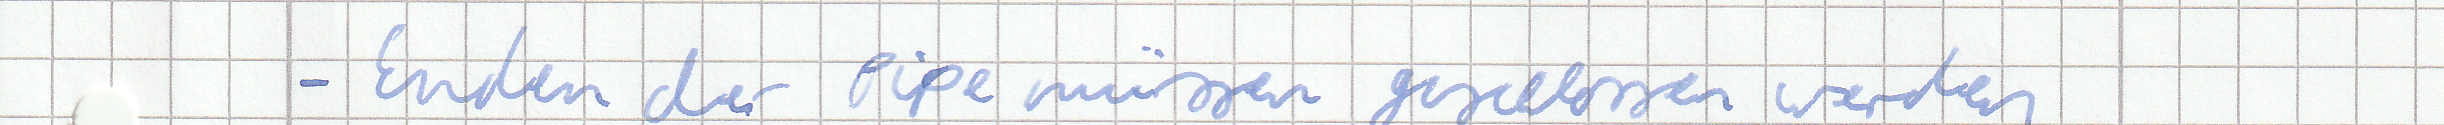
- Enden der Pipe müssen geschlossen werden